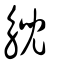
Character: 觬